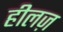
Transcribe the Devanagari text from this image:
हीलज़